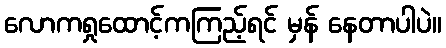
လောကရှုထောင့်ကကြည့်ရင် မှန် နေတာပါပဲ။